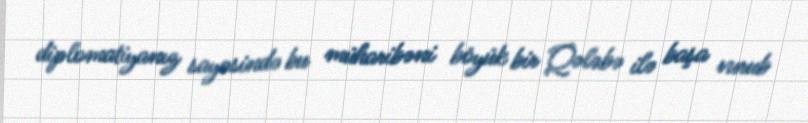
diplomatiyanız sayəsində bu müharibəni böyük bir Qələbə ilə başa vurub